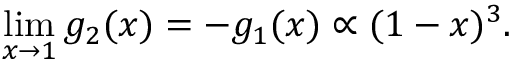
\operatorname * { l i m } _ { x \rightarrow 1 } g _ { 2 } ( x ) = - g _ { 1 } ( x ) \propto ( 1 - x ) ^ { 3 } .